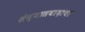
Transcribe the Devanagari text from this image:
संन्यासवादाचा